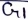
Text: G1